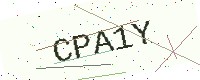
Text: CPA1Y